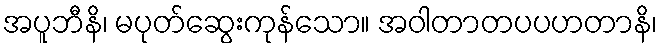
အပူဘီနိ၊ မပုတ်ဆွေးကုန်သော။ အဝါတာတပပဟတာနိ၊